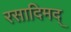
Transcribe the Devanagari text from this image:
रसादिमद्